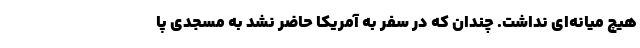
هیچ میانه‌ای نداشت. چندان که در سفر به آمریکا حاضر نشد به مسجدی پا